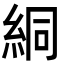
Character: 絧